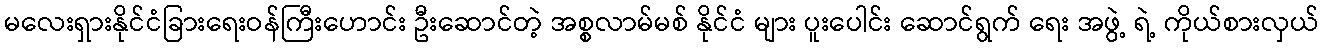
မလေးရှားနိုင်ငံခြားရေးဝန်ကြီးဟောင်း ဦးဆောင်တဲ့ အစ္စလာမ်မစ် နိုင်ငံ များ ပူးပေါင်း ဆောင်ရွက် ရေး အဖွဲ့ ရဲ့ ကိုယ်စားလှယ်